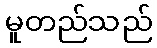
မူတည်သည်